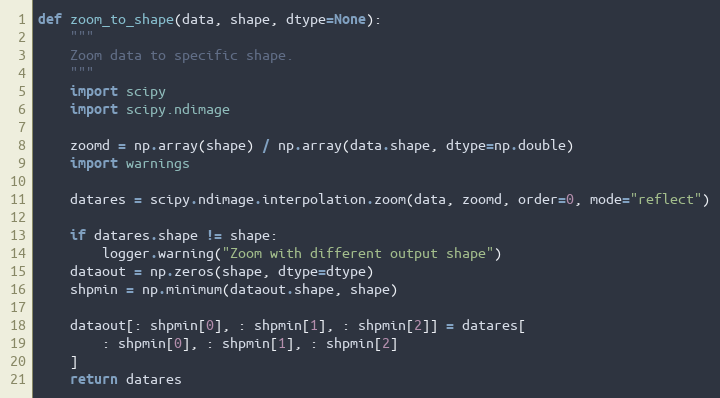
Language: Python
def zoom_to_shape(data, shape, dtype=None):
    """
    Zoom data to specific shape.
    """
    import scipy
    import scipy.ndimage

    zoomd = np.array(shape) / np.array(data.shape, dtype=np.double)
    import warnings

    datares = scipy.ndimage.interpolation.zoom(data, zoomd, order=0, mode="reflect")

    if datares.shape != shape:
        logger.warning("Zoom with different output shape")
    dataout = np.zeros(shape, dtype=dtype)
    shpmin = np.minimum(dataout.shape, shape)

    dataout[: shpmin[0], : shpmin[1], : shpmin[2]] = datares[
        : shpmin[0], : shpmin[1], : shpmin[2]
    ]
    return datares